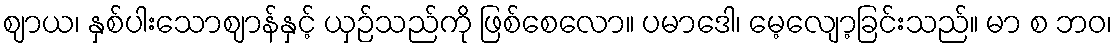
ဈာယ၊ နှစ်ပါးသောဈာန်နှင့် ယှဉ်သည်ကို ဖြစ်စေလော။ ပမာဒေါ၊ မေ့လျော့ခြင်းသည်။ မာ စ ဘဝ၊